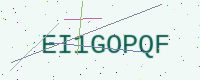
Text: EI1GOPQF